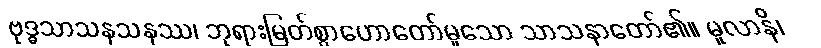
ဗုဒ္ဓသာသနသနဿ၊ ဘုရားမြတ်စွာဟောတော်မူသော သာသနာတော်၏။ မူလာနိ၊